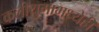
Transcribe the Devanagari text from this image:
कलीयुगामध्येही